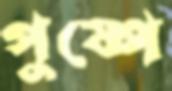
পুষ্পে